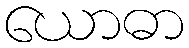
ယောဓာ